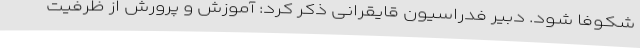
شکوفا شود. دبیر فدراسیون قایقرانی ذکر کرد: آموزش و پرورش از ظرفیت